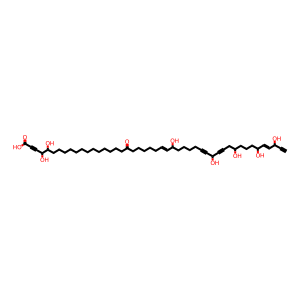
SMILES: C#CC(O)C=CC(O)CCCC(O)CC#CC(O)C#CCCCCC(O)C=CCCCCCC(=O)CCCCCCCCCCCCCC(O)C(O)C#CC(=O)O
Inhibits HIV replication: No